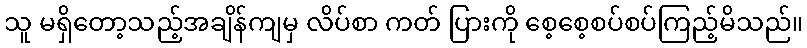
သူ မရှိတော့သည့်အချိန်ကျမှ လိပ်စာ ကတ် ပြားကို စေ့စေ့စပ်စပ်ကြည့်မိသည်။